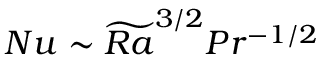
N u \sim \widetilde { R a } ^ { 3 / 2 } P r ^ { - 1 / 2 }